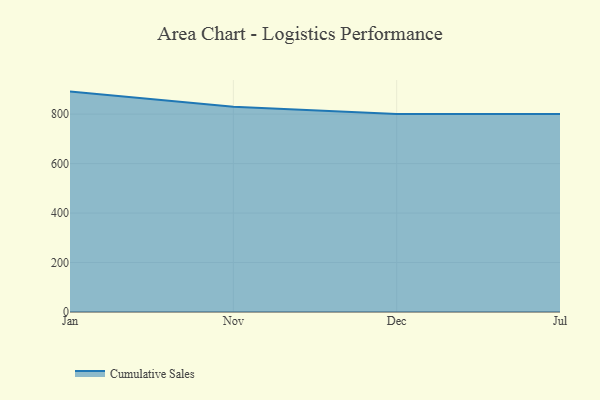
{"axis": {"x": "Month", "y": "Conversion Rate (%)"}, "legend": ["Cumulative Sales"], "data": [{"x": "Jan", "y": 891.0, "type": "Cumulative Sales"}, {"x": "Nov", "y": 830.0, "type": "Cumulative Sales"}, {"x": "Dec", "y": 800, "type": "Cumulative Sales"}, {"x": "Jul", "y": 800, "type": "Cumulative Sales"}]}